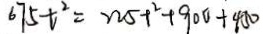
6 7 5 t ^ { 2 } = 2 2 5 + ^ { 2 } + 9 0 0 + 4 5 0